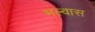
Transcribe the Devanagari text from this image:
मल्वास